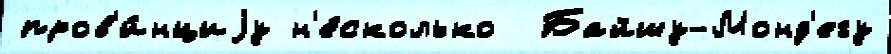
пров'и́нциjу н'е́сколько  Байшу-Монд'егу